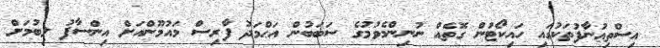
އިސްތިޢުނާފުތަކުގައި ހައިކޯޓުން ގޮތެއް ނުނިންމެވުމުގެ ސަބަބުން އަޙްމަދު ފާރިސް މައުމޫންއަށް އިންސާފު ލިބުމަށް